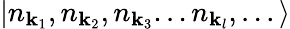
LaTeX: \left|n_{\mathbf{k}_{1}},n_{\mathbf{k}_{2}},n_{\mathbf{k}_{3}}...n_{\mathbf{k}_{l}},...\right\rangle